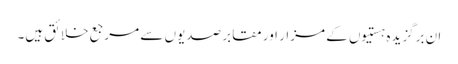
ان برگزیدہ ہستیوں کے مزار اور مقابر صدیوں سے مرجع خلائق ہیں۔